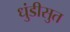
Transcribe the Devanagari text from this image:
धुंडीसुत